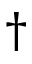
\dagger